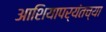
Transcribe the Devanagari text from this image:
आशियापर्यंतच्या